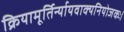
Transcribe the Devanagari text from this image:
क्रियामूर्तिर्न्यायवाक्यनियोजकः।